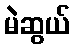
မဲဆွယ်